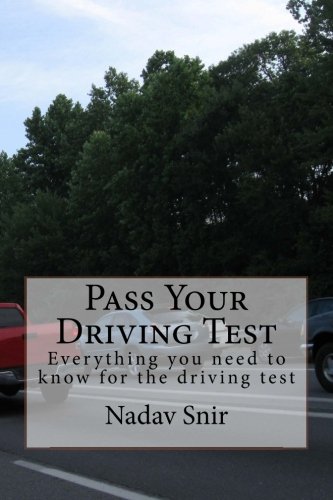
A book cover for Pass Your Driving Test: Everything you need to know to pass the driving test; Nadav Snir; Test Preparation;